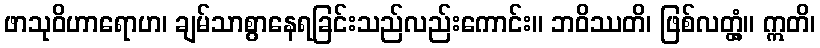
ဖာသုဝိဟာရောဟ၊ ချမ်သာစွာနေရခြင်းသည်လည်းကောင်း။ ဘဝိဿတိ၊ ဖြစ်လတ္တံ့။ ဣတိ၊